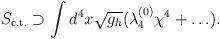
LaTeX: \begin{align*}S_{{\rm c.t.}} \supset \int d^4 x \sqrt{g_h} (\lambda_4^{(0)} \chi^4 + \ldots).\end{align*}